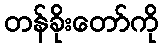
တန်ခိုးတော်ကို